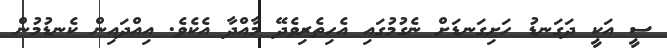
ސީ އަކީ ދަގަނޑު ހަށިގަނޑަށް ނެގުމުގައި އެހިތެރިވެދޭ މާއްދާ އެކެވެ. އިއްދައިން ކެނޑުމުން